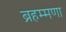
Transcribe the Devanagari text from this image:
ब्रहम्मणा